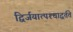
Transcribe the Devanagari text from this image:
द्विर्जयात्पश्‍चाद्वर्तते